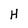
Character: H